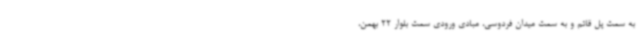
به سمت پل قائم و به سمت میدان فردوسی، مبادی ورودی سمت بلوار 22 بهمن،